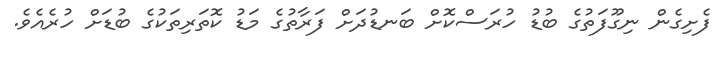
ފެށިގެން ނިގޫފަތުގެ ބުޑު ހުރަސްކޮށް ބަނޑުދަށް ފަރާތުގެ މަޑު ކޮތަރިތަކުގެ ބުޑަށް ހުރެއެވެ.